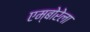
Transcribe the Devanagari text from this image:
एम्बोरेला